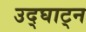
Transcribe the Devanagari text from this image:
उद्घाट्न